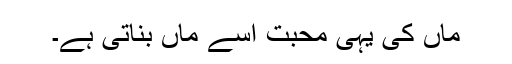
ماں کی یہی محبت اسے ماں بناتی ہے۔